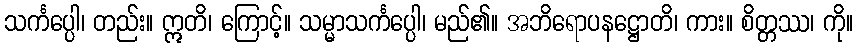
သင်္ကပ္ပေါ၊ တည်း။ ဣတိ၊ ကြောင့်။ သမ္မာသင်္ကပ္ပေါ၊ မည်၏။ အဘိရောပနဋ္ဌောတိ၊ ကား။ စိတ္တဿ၊ ကို။